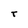
Character: T